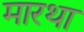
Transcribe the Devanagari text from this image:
मारथा